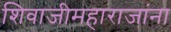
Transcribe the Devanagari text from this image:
शिवाजीमहाराजांना